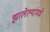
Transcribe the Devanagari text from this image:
झालेल्यांमधे